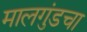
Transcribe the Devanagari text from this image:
मालगुंडचा